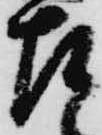
左